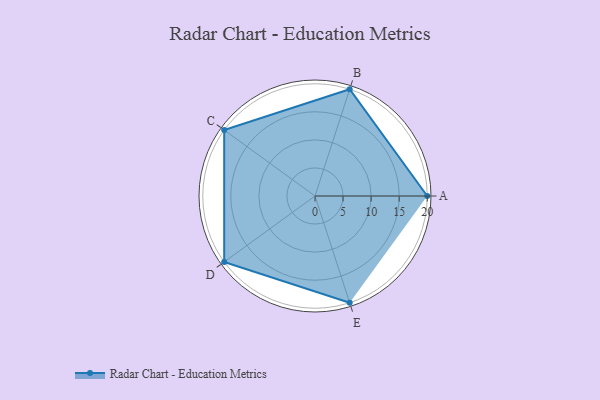
{"axis": {"x": "Skill", "y": "Score"}, "legend": ["Profile"], "data": [{"x": "A", "y": 20, "type": "Profile"}, {"x": "B", "y": 20, "type": "Profile"}, {"x": "C", "y": 20, "type": "Profile"}, {"x": "D", "y": 20, "type": "Profile"}, {"x": "E", "y": 20, "type": "Profile"}]}